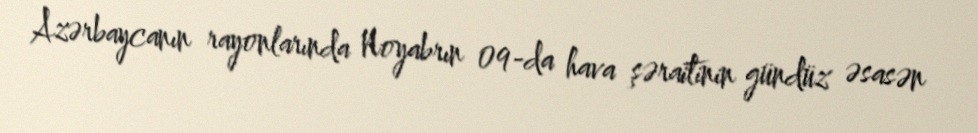
Azərbaycanın rayonlarında Noyabrın 09-da hava şəraitinin gündüz əsasən